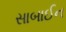
સાબાઈન